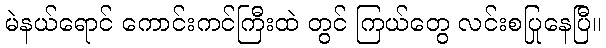
မဲနယ်ရောင် ကောင်းကင်ကြီးထဲ တွင် ကြယ်တွေ လင်းစပြုနေပြီ။